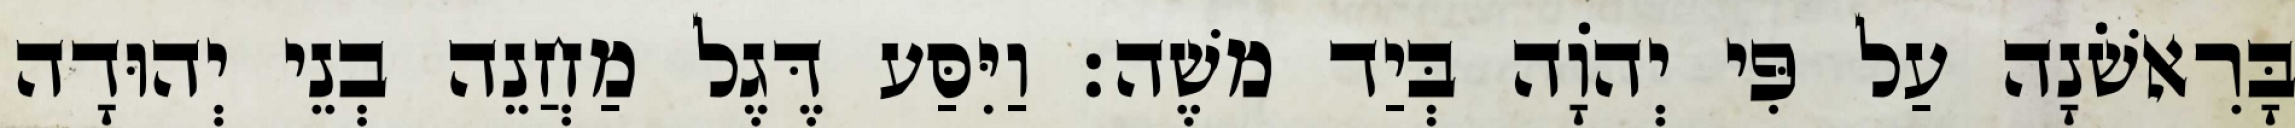
בָּרִאשֹׁנָה עַל פִּי יְהוָֹה בְּיַד משֶׁה׃ וַיִּסַּע דֶּגֶל מַחֲנֵה בְנֵי יְהוּדָה